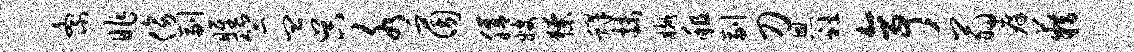
紊昨傍副雎竺皿吴水茵膳嫂獠蜂抹樾租副刀恩社亭翁痒籍